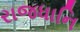
રાજધાનિ